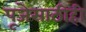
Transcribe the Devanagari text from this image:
पूजेसाठीही